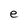
Character: e